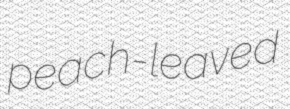
peach-leaved